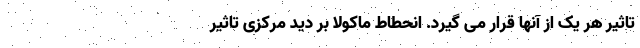
تاثیر هر یک از آنها قرار می گیرد. انحطاط ماکولا بر دید مرکزی تاثیر